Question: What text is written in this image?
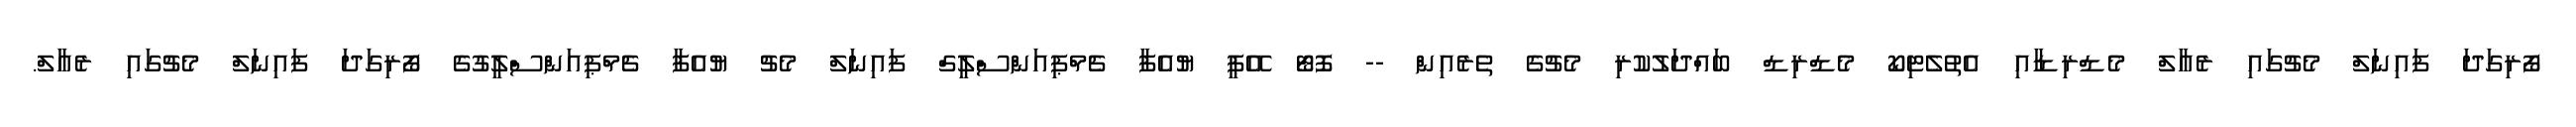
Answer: ފޯރިގަދަ ފައިނަލް މެޗުގައި ރެއާލް މެޑްރިޑާއި އެތުލެޓިކޯ މެޑްރިޑް ބައްދަލުކުރި މެޗުގެ ތެރެއިން -- ފޮޓޯ އޭޕީ ޔުއެފާ ޗެމްޕިއަންސްލީގް ފައިނަލް މެޗު ޔުއެފާ ޗެމްޕިއަންސްލީގުގެ ފޯރިގަދަ ފައިނަލް މެޗުގައި ރެއާލް.